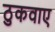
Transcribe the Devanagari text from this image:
ठुकवाए